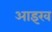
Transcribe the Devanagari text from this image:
आइख